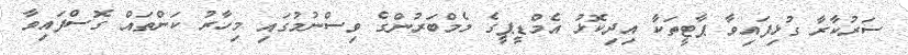
ސަރުކާރާ ގުޅިފައިވާ ޕާޓީތަކާ އިދިކޮޅު އެމްޑީޕީގެ މެމްބަރުންގެ ވިސްނުމުގައި މިހާރު ކަންތައް ގޮސްފައިވާ